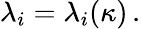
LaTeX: \lambda_{i}=\lambda_{i}(\kappa)\, .